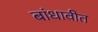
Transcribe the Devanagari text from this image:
बांधावीत